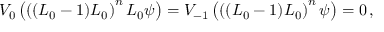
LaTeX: V _ { 0 } \left( \left( ( L _ { 0 } - 1 ) L _ { 0 } \right) ^ { n } L _ { 0 } \psi \right) = V _ { - 1 } \left( \left( ( L _ { 0 } - 1 ) L _ { 0 } \right) ^ { n } \psi \right) = 0 \, ,